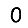
Digit: 0